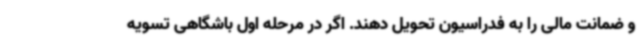
و ضمانت مالی را به فدراسیون تحویل دهند. اگر در مرحله اول باشگاهی تسویه